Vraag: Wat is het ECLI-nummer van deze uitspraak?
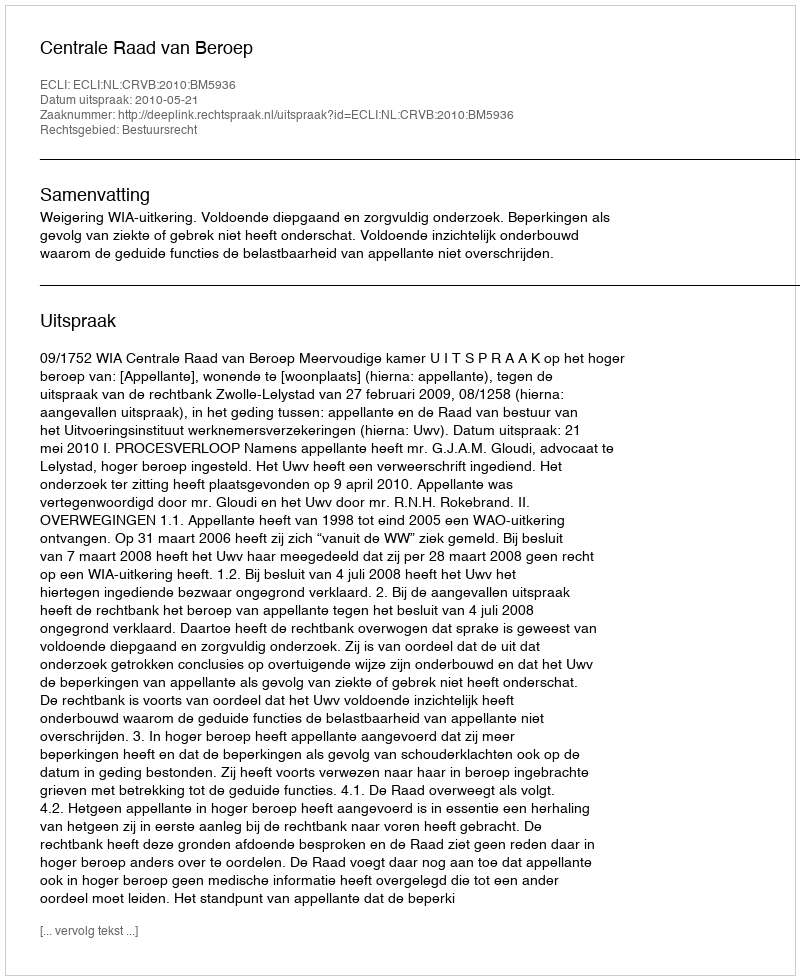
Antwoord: ECLI:NL:CRVB:2010:BM5936